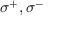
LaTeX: { \boldsymbol { \sigma } } ^ { + } , { \boldsymbol { \sigma } } ^ { - }